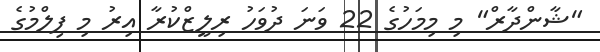
"ޝާންދާރް" މި މިމަހުގެ 22 ވަނަ ދުވަހު ރިލީޒްކުރާ އިރު މި ފިލްމުގެ